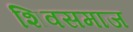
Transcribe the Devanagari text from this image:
शिवसमाज